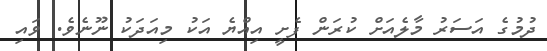
ދުމުގެ އަސަރު މާލެއަށް ކުރަން ފެށީ އިއްޔެ އަކު މިއަދަކު ނޫނެވެ. ވައި